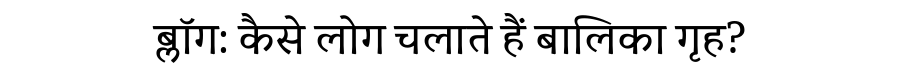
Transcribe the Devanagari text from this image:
ब्लॉग: कैसे लोग चलाते हैं बालिका गृह?